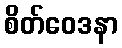
စိတ်ဝေဒနာ